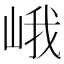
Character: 峨